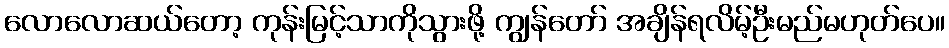
လောလောဆယ်တော့ ကုန်းမြင့်သာကိုသွားဖို့ ကျွန်တော် အချိန်ရလိမ့်ဦးမည်မဟုတ်ပေ။